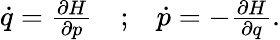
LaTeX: \begin{array}{rlr}{\dot{q}=\frac{\partial H}{\partial p}}&{{};}&{\dot{p}=-\frac{\partial H}{\partial q}.}\end{array}